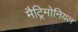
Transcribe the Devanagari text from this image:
मैट्रिमोनियल